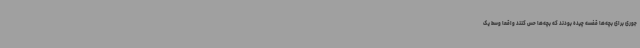
جوری برای بچه‌ها قفسه چیده بودند که بچه‌ها حس کنند واقعاً وسط یک